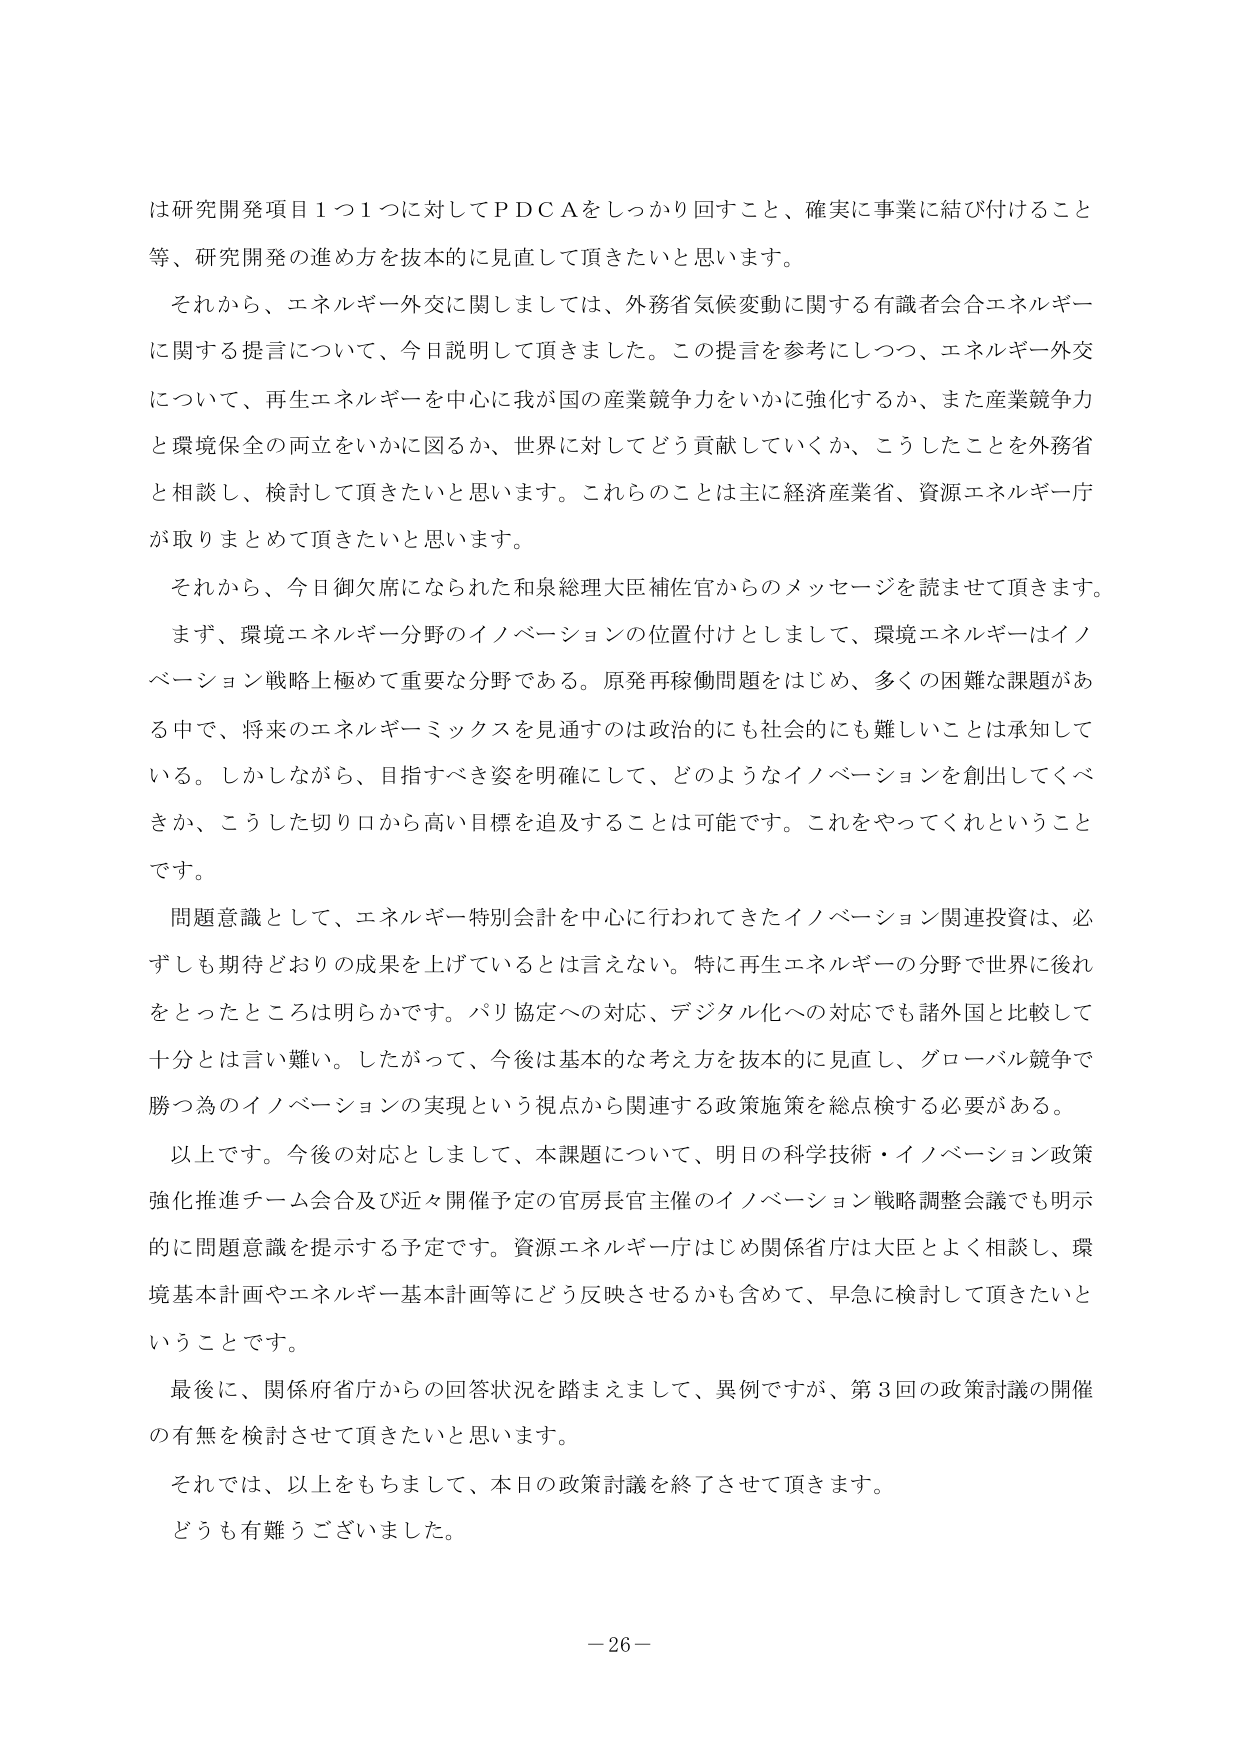
は研究開発項目１つ１つに対してＰＤＣＡをしっかり回すこと、確実に事業に結び付けること等、研究開発の進め方を抜本的に見直して頂きたいと思います。

それから、エネルギー外交に関しましては、外務省気候変動に関する有識者会合エネルギーに関する提言について、今日説明して頂きました。この提言を参考にしつつ、エネルギー外交について、再生エネルギーを中心に我が国の産業競争力をいかに強化するか、また産業競争力と環境保全の両立をいかに図るか、世界に対してどう貢献していくか、こうしたことを外務省と相談し、検討して頂きたいと思います。これらのこととは主に経済産業省、資源エネルギー庁が取りまとめて頂きたいと思います。

それから、今日御欠席になられた和泉総理大臣補佐官からのメッセージを読ませて頂きます。

まず、環境エネルギー分野のイノベーションの位置付けとしまして、環境エネルギーはイノベーション戦略上極めて重要な分野である。原発再稼働問題をはじめ、多くの困難な課題がある中で、将来のエネルギーミックスを見通すのは政治的にも社会的にも難しいことは承知している。しかしながら、目指すべき姿を明確にして、どのようなイノベーションを創出していくか、こうした切り口から高い目標を追及することは可能で。これをやってくれということです。

問題意識として、エネルギー特別会計を中心に行われてきたイノベーション関連投資は、必ずしも期待どおりの成果を上げているとは言えない。特に再生エネルギーの分野で世界に後れをとったところは明らかです。パリ協定への対応、デジタル化への対応でも諸外国と比較して十分とは言い難い。したがって、今後は基本的な考え方を抜本的に見直し、グローバル競争で勝つ為のイノベーションの実現という視点から関連する政策施策を総点検する必要がある。

以上です。今後の対応としまして、本課題について、明日の科学技術・イノベーション政策強化推進チーム会合及び近々開催予定の官房長官主催のイノベーション戦略調整会議でも明示的に問題意識を提示する予定です。資源エネルギー庁はじめ関係省庁は大臣とよく相談し、環境基本計画やエネルギー基本計画等にどう反映させるかも含めて、早急に検討して頂きたいということです。

最後に、関係府省庁からの回答状況を踏まえまして、異例ですが、第３回の政策討議の開催の有無を検討させて頂きたく思います。

それでは、以上をもちまして、本日の政策討議を終了させて頂きます。

どうも有難うございました。

－26－